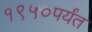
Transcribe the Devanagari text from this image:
१९५०पर्यंत